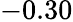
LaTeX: -0.30